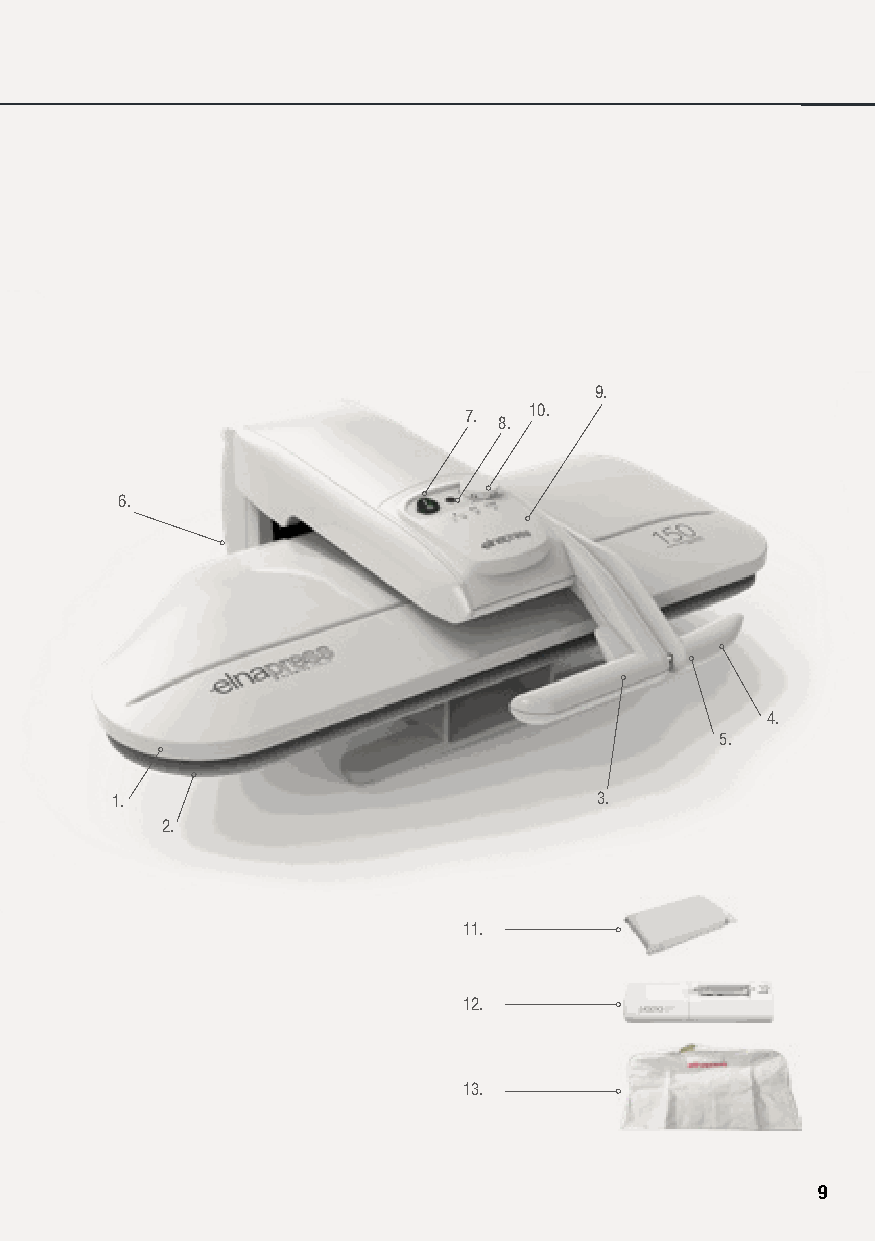
9.
 7.  10.
 8.
 6.
 4.
 5.
 1.                              3.
 2.
 11.
 12.
 13.
 99